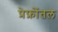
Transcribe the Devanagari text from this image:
प्रेफ्रोंतल